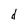
Character: d